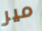
مير